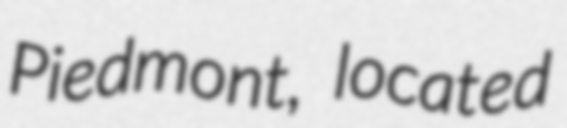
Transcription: Piedmont, located